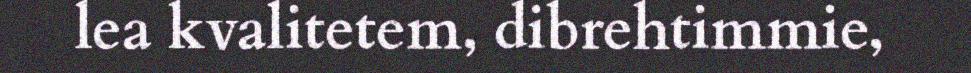
lea kvalitetem, dibrehtimmie,